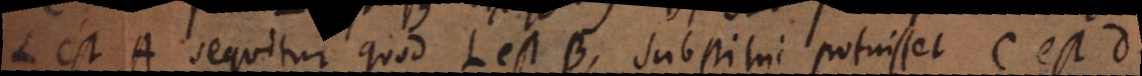
L est A sequitur quod L est B, substitui potuisset C est D